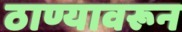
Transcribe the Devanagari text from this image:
ठाण्यावरून